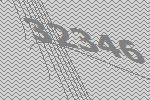
32346